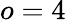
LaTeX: o=4